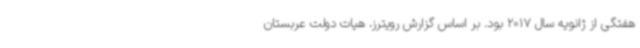
هفتگی از ژانویه سال 2017 بود. بر اساس گزارش رویترز، هیات دولت عربستان